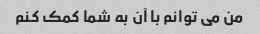
من می توانم با آن به شما کمک کنم